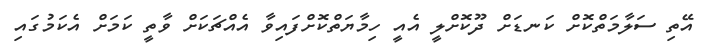
އޭތި ސަލާމަތްކޮށް ކަނޑަށް ދޫކޮށްލީ އެއީ ހިމާޔަތްކޮށްފައިވާ އެއްޗަކަށް ވާތީ ކަމަށް އެކަމުގައި